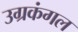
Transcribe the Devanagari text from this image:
उग्रकंगल